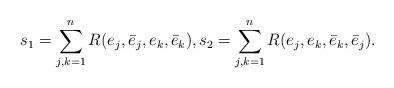
LaTeX: \begin{align*}s_1 = \sum_{j,k=1}^n R(e_j, \bar e_j, e_k, \bar e_k),s_2 = \sum_{j,k=1}^n R(e_j, e_k, \bar e_k, \bar e_j).\end{align*}